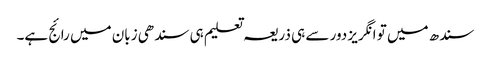
سندھ میں تو انگریز دور سے ہی ذریعہ تعلیم ہی سندھی زبان میں رائج ہے۔